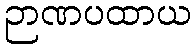
ဉာဏပထာယ